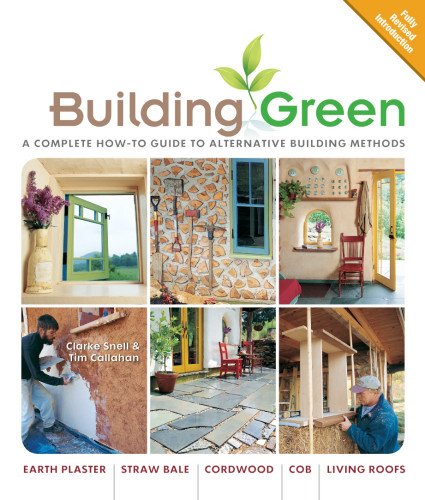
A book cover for Building Green, New Edition: A Complete How-To Guide to Alternative Building Methods Earth Plaster * Straw Bale * Cordwood * Cob * Living Roofs (Building Green: A Complete How-To Guide to Alternative); Clarke Snell; Crafts, Hobbies & Home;